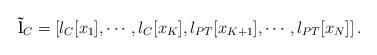
LaTeX: \begin{align*} \mathbf{\tilde{l}}_{C} = \left[ l_{C}[x_{1}], \cdots, l_{C}[x_{K}], l_{PT}[x_{K+1}], \cdots, l_{PT}[x_{N}] \right].\end{align*}